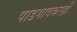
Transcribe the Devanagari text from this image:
पाडगावकरही